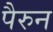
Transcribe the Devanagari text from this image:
पैरुन